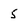
Character: 5